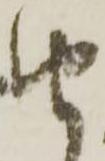
由